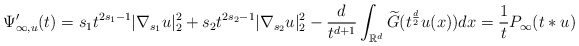
\begin{align*}\Psi_{\infty,u}'(t)=s_1 t^{2s_1-1} |\nabla_{s_1}u|_2^2+s_2t^{2s_2-1} |\nabla_{s_2}u|_2^2-\frac{d}{t^{d+1}}\displaystyle\int_{\mathbb{R}^{d}}\widetilde{G}(t^{\frac{d}{2}}u(x))dx=\frac{1}{t}P_\infty(t*u)\end{align*}